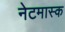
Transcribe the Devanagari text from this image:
नेटमास्क